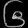
Digit: ၆